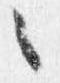
々